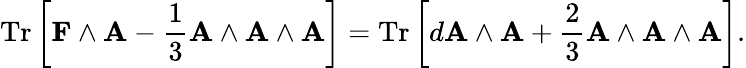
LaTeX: \operatorname{Tr}\left[\mathbf{F}\wedge\mathbf{A}-{\frac{1}{3}}\mathbf{A}\wedge\mathbf{A}\wedge\mathbf{A}\right]=\operatorname{Tr}\left[d\mathbf{A}\wedge\mathbf{A}+{\frac{2}{3}}\mathbf{A}\wedge\mathbf{A}\wedge\mathbf{A}\right].